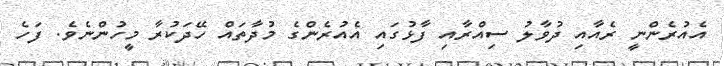
އެއުރެންނީ ރެއާއި ދުވާލު ސިއްރާއި ފާޅުގައި އެއުރެންގެ މުދާތައް ހޭދަކުރާ މީހުންނެވެ. ފަހެ